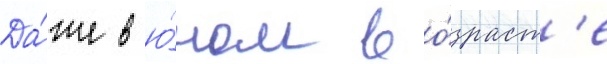
Да́же в ю́ном во́зраст'е